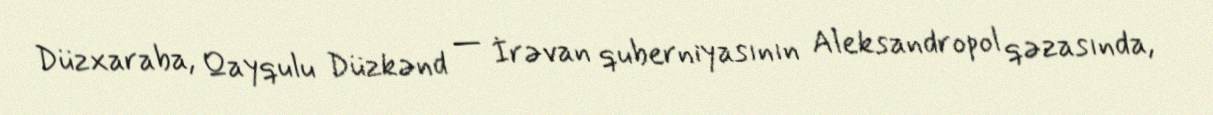
Düzxaraba, Qayqulu Düzkənd — İrəvan quberniyasının Aleksandropol qəzasında,